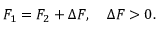
F _ { 1 } = F _ { 2 } + \Delta F , \quad \Delta F > 0 .